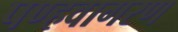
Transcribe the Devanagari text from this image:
पण्हवागरण